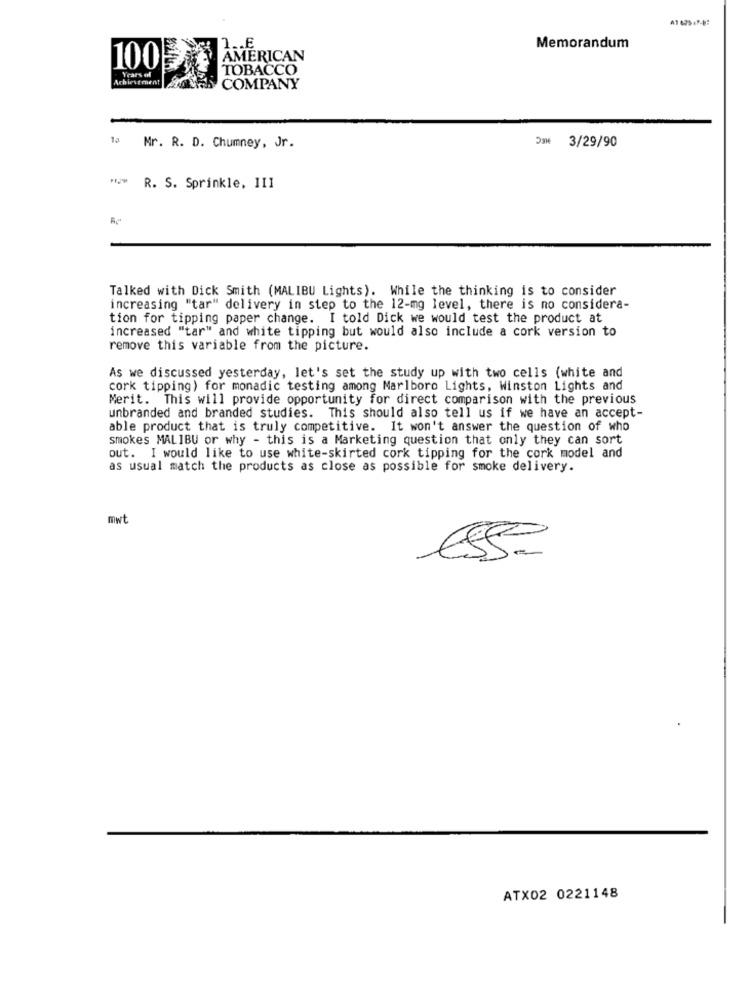
1 .. E
Memorandum
AMERICAN
100
Years of
TOBACCO
Achiestment
COMPANY
13
Mr. R. D. Chumney, Jr.
Dm 3/29/90
R. S. Sprinkle, 111
Talked with Dick Smith (MALIBU Lights). While the thinking is to consider
increasing "tar" delivery in step to the 12-mg level, there is no considera-
tion for tipping paper change. I told Dick we would test the product at
increased "tar" and white tipping but would also include a cork version to
remove this variable from the picture.
As we discussed yesterday, let's set the study up with two cells (white and
cork tipping) for monadic testing among Marlboro Lights, Winston Lights and
Merit. This will provide opportunity for direct comparison with the previous
unbranded and branded studies. This should also tell us if we have an accept-
able product that is truly competitive. It won't answer the question of who
smokes MALIBU or why - this is a Marketing question that only they can sort
out. I would like to use white-skirted cork tipping for the cork model and
as usual match the products as close as possible for smoke delivery.
mwt
ATX02 0221148